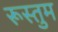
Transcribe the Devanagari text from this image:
रूस्तुम